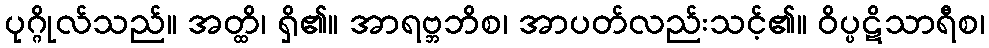
ပုဂ္ဂိုလ်သည်။ အတ္ထိ၊ ရှိ၏။ အာရဗ္ဘဘိစ၊ အာပတ်လည်းသင့်၏။ ဝိပ္ပဋိသာရီစ၊